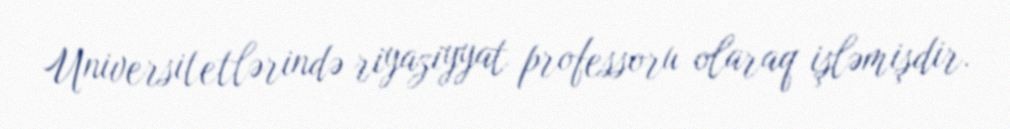
Universitetlərində riyaziyyat professoru olaraq işləmişdir.